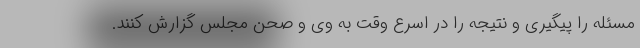
مسئله را پیگیری و نتیجه را در اسرع وقت به وی و صحن مجلس گزارش کنند.